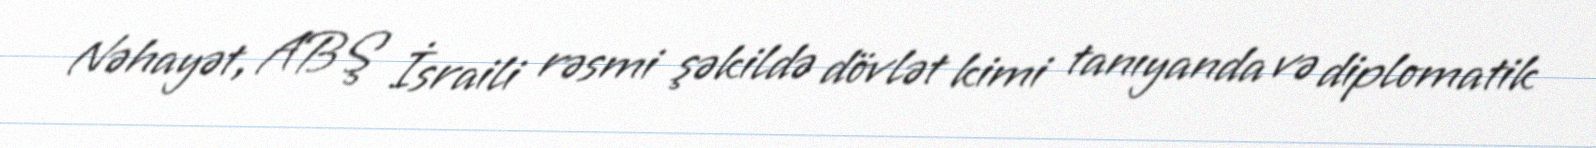
Nəhayət, ABŞ İsraili rəsmi şəkildə dövlət kimi tanıyanda və diplomatik